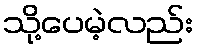
သို့ပေမဲ့လည်း